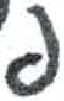
אות: פ